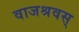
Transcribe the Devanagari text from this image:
वाजश्रवस्